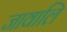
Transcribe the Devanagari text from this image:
जावालि